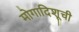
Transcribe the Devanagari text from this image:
मोगादिशूची